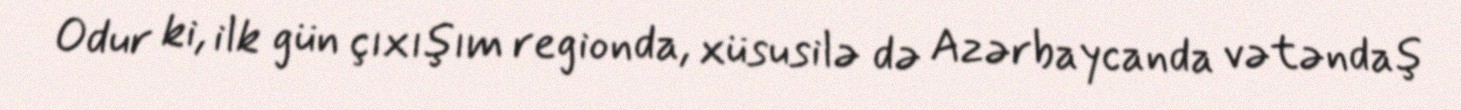
Odur ki, ilk gün çıxışım regionda, xüsusilə də Azərbaycanda vətəndaş